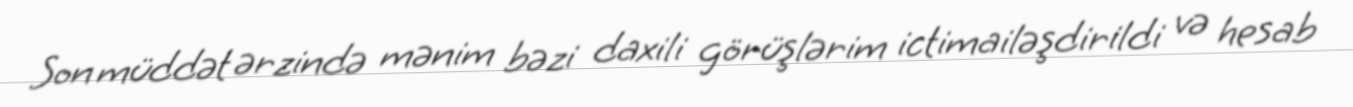
Son müddət ərzində mənim bəzi daxili görüşlərim ictimailəşdirildi və hesab